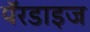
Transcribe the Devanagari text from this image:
पॅरडाइज